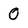
Character: 0